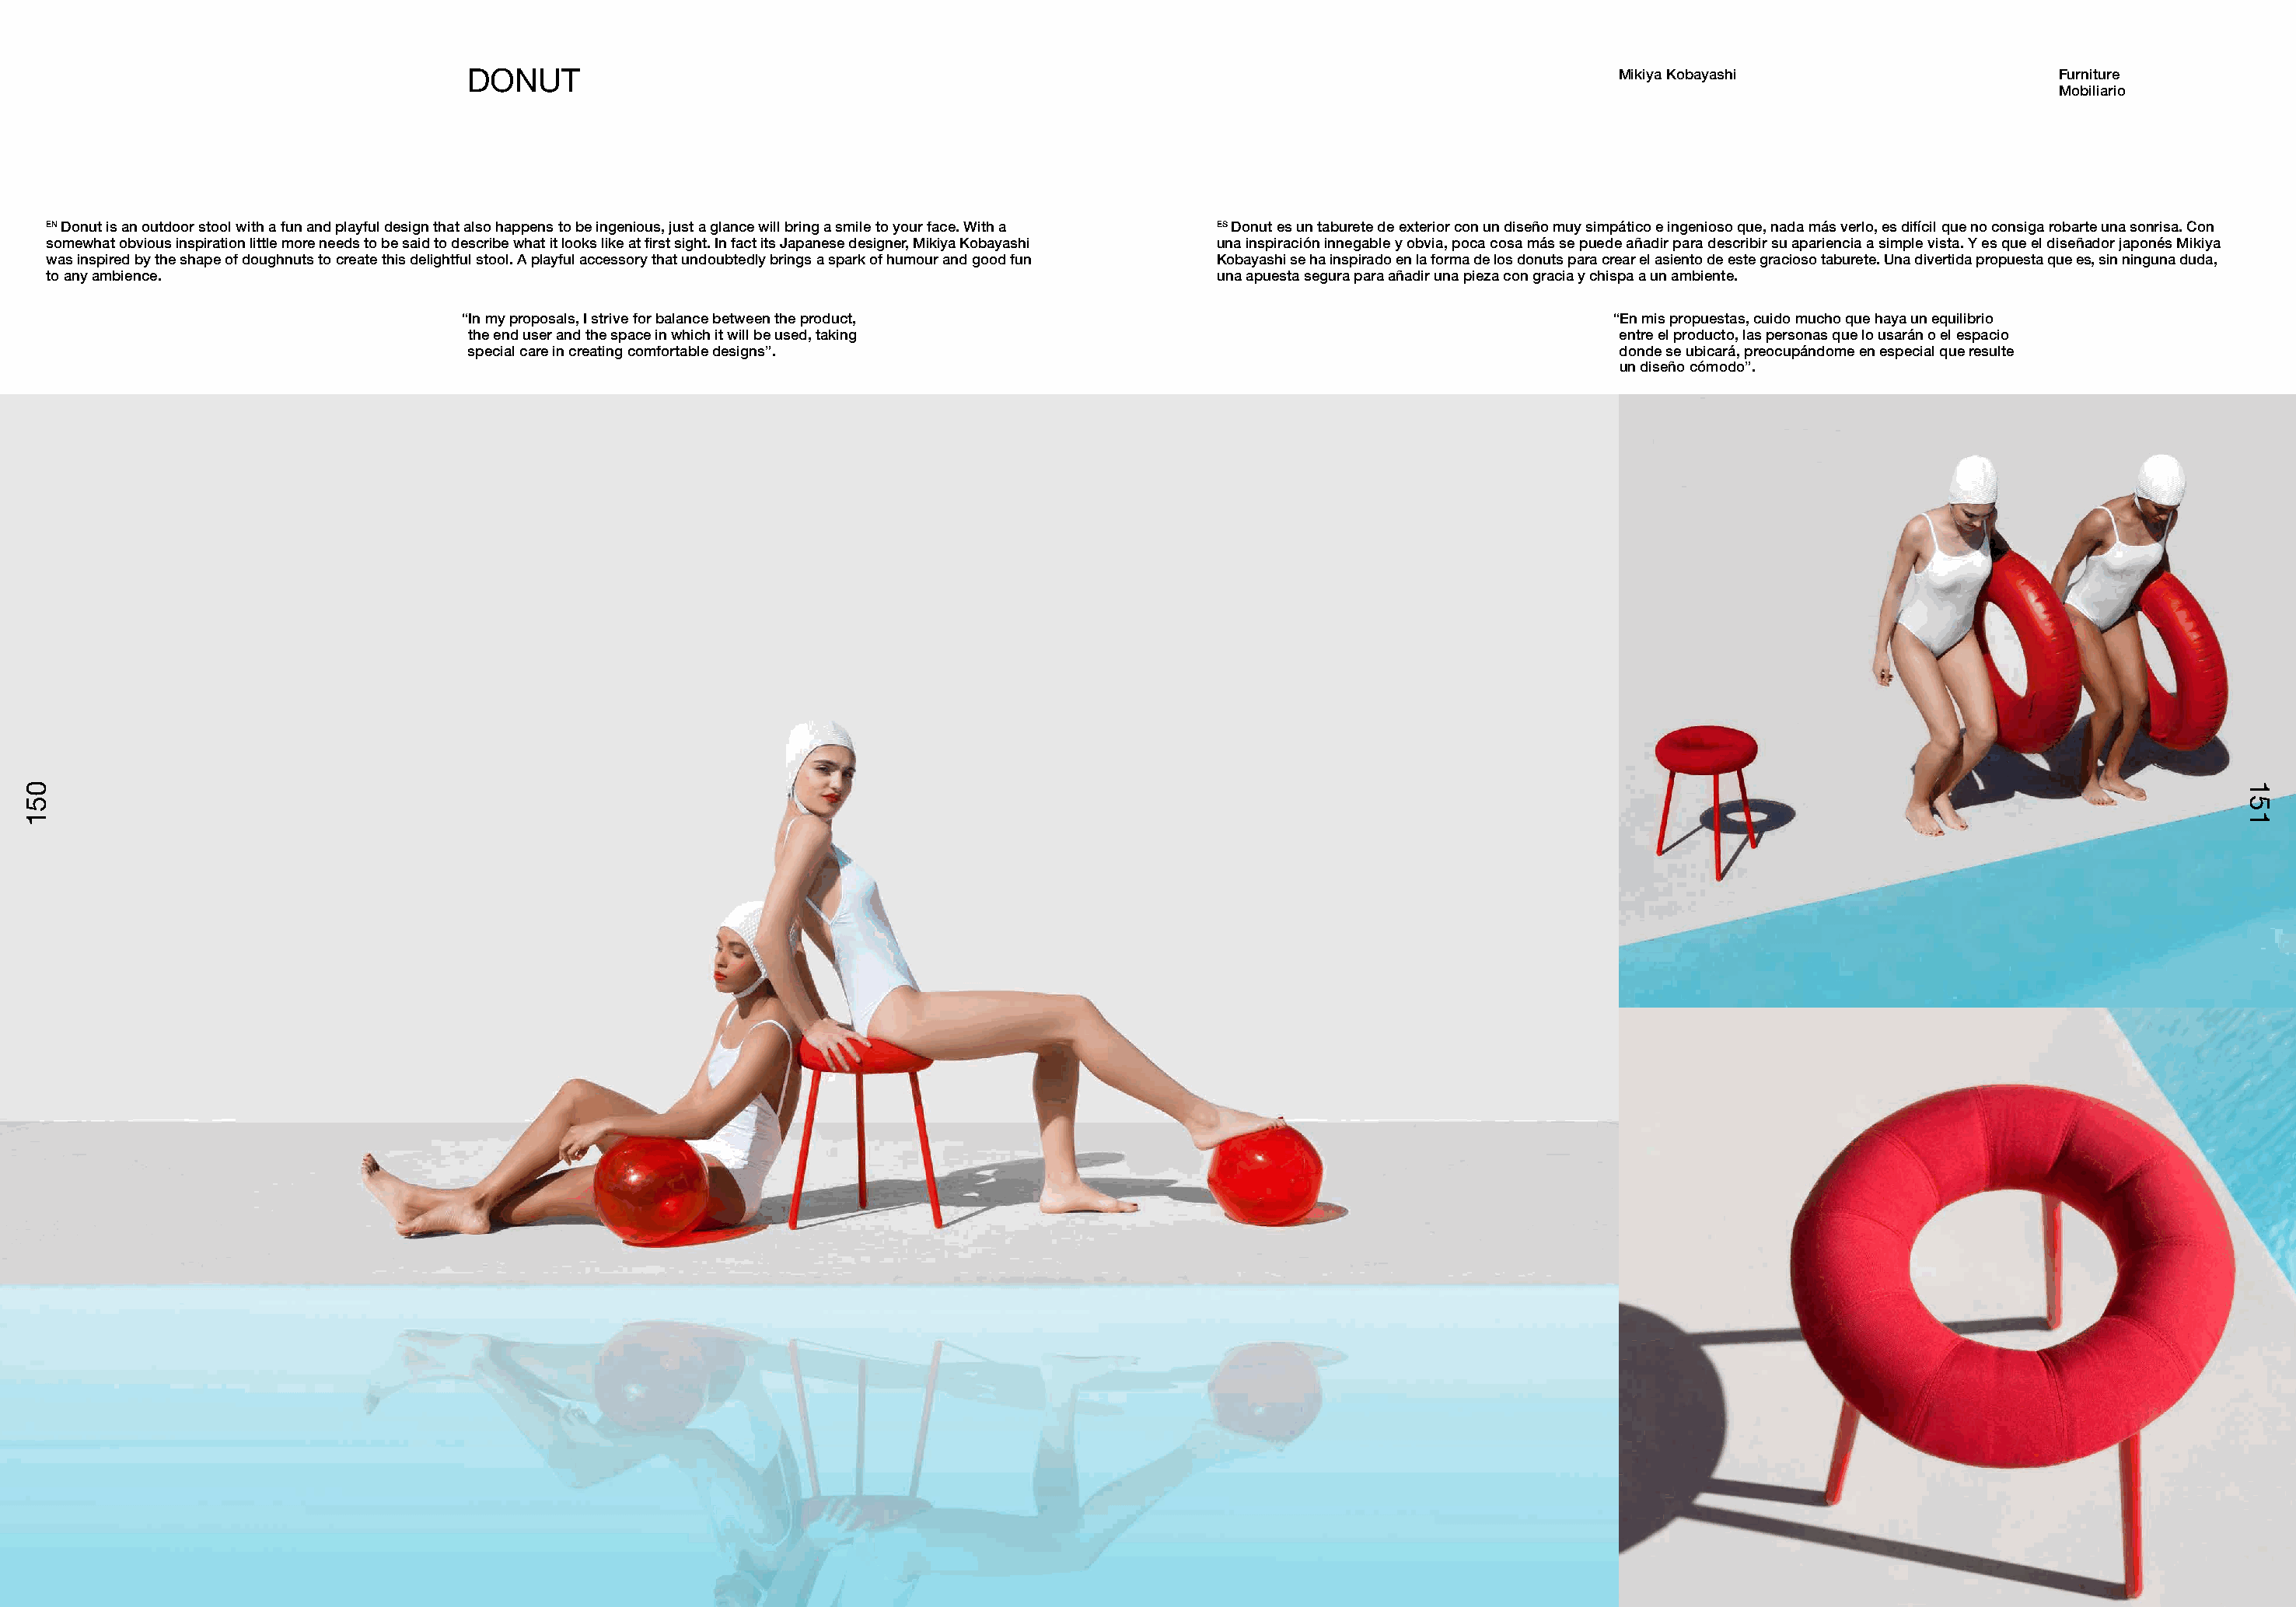
DONUT                                                                                             Mikiya Kobayashi                     Furniture
 Mobiliario
 EN Donut is an outdoor stool with a fun and playful design that also happens to be ingenious, just a glance will bring a smile to your face. With a ES Donut es un taburete de exterior con un diseño muy simpático e ingenioso que, nada más verlo, es difícil que no consiga robarte una sonrisa. Con
 somewhat obvious inspiration little more needs to be said to describe what it looks like at first sight. In fact its Japanese designer, Mikiya Kobayashi una inspiración innegable y obvia, poca cosa más se puede añadir para describir su apariencia a simple vista. Y es que el diseñador japonés Mikiya
 was inspired by the shape of doughnuts to create this delightful stool. A playful accessory that undoubtedly brings a spark of humour and good fun Kobayashi se ha inspirado en la forma de los donuts para crear el asiento de este gracioso taburete. Una divertida propuesta que es, sin ninguna duda,
 to any ambience.                                                                                    una apuesta segura para añadir una pieza con gracia y chispa a un ambiente.
 “In my proposals, I strive for balance between the product,                                       “En mis propuestas, cuido mucho que haya un equilibrio
 the end user and the space in which it will be used, taking                                       entre el producto, las personas que lo usarán o el espacio
 special care in creating comfortable designs”.                                                    donde se ubicará, preocupándome en especial que resulte
 un diseño cómodo”.
 051                                                                                                                                                                                          151